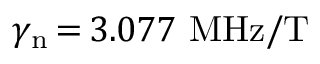
\gamma _ { \mathrm { n } } \, { = } \, 3 . 0 7 7 ~ \mathrm { M H z / T }